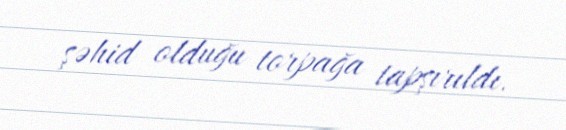
şəhid olduğu torpağa tapşırıldı.